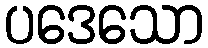
ပဒေသော